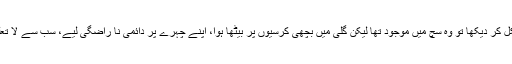
اس نے اس کی تلاش میں باہر نکل کر دیکھا تو وہ سچ میں موجود تھا لیکن گلی میں بچھی کرسیوں پر بیٹھا ہوا، اپنے چہرے پر دائمی نا راضگی لیے، سب سے لا تعلق جیسا کہ وہ زندگی بھررہا تھا۔